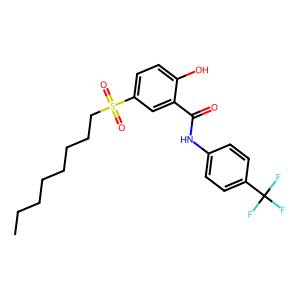
SMILES: CCCCCCCCS(=O)(=O)c1ccc(O)c(C(=O)Nc2ccc(C(F)(F)F)cc2)c1
Inhibits HIV replication: No